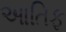
આતિફ